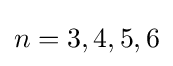
n=3,4,5,6